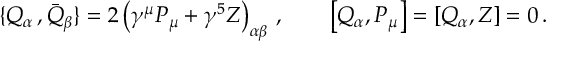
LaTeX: \{ Q _ { \alpha } \, , { \bar { Q } } _ { \beta } \} = 2 \left( \gamma ^ { \mu } P _ { \mu } + \gamma ^ { 5 } { \cal Z } \right) _ { \alpha \beta } \, , \qquad \left[ Q _ { \alpha } , P _ { \mu } \right] = \left[ Q _ { \alpha } , { \cal Z } \right] = 0 \, .